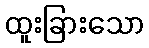
ထူးခြားသော